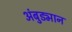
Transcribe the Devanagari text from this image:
अंबुड्मान